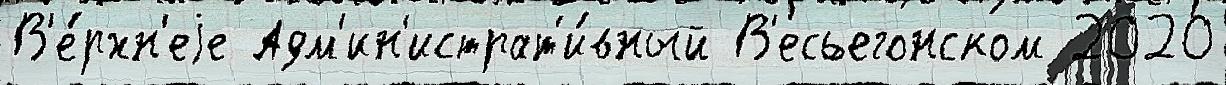
В'е́рхн'еjе Адм'ин'истрат'и́вный В'есьегонском 2020